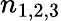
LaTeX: n_{1,2,3}